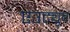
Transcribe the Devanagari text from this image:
एउट्यूब